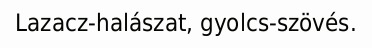
Lazacz-halászat, gyolcs-szövés.